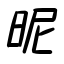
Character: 昵